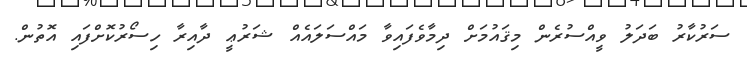
ސަރުކާރު ބަދަލު ވީއްސުރެން މިޤައުމަށް ދިމާވެފައިވާ މައްސަލައެއް ޝަރުޢީ ދާއިރާ ހިސޯރުކޮށްފައި އޮތުން.